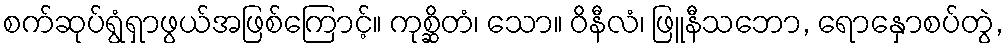
စက်ဆုပ်ရွံရှာဖွယ်အဖြစ်ကြောင့်။ ကုစ္ဆိတံ၊ သော။ ဝိနီလံ၊ ဖြူနီသဘော, ရောနှောစပ်တွဲ,